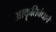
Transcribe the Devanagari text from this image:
आकॄतिबंधाचे